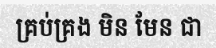
គ្រប់គ្រង មិន មែន ជា